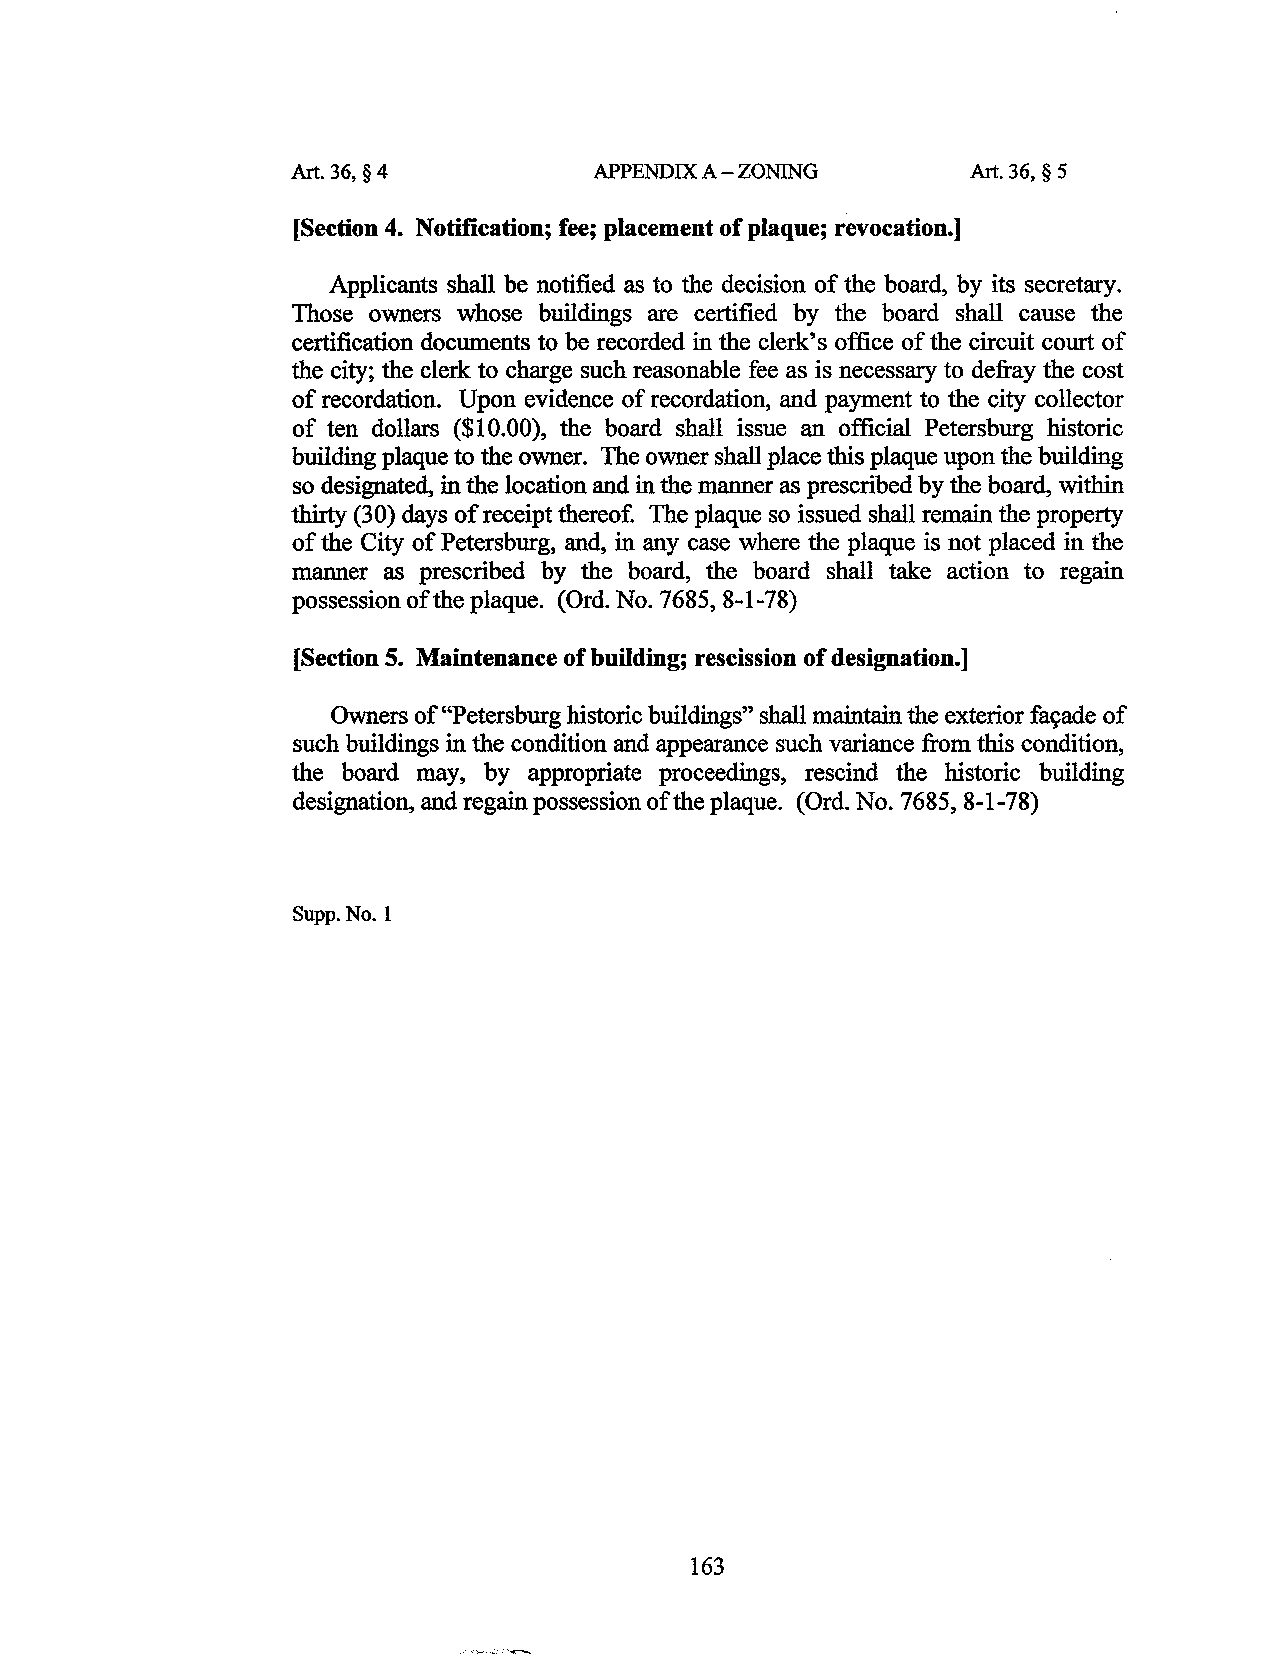
Art. 36, § 4        APPENDIX A-ZONING        Art. 36, § 5
 [Section 4. Notification; fee; placement of plaque; revocation.]
 Applicants shall be notified as to the decision of the board, by its secretary.
 Those owners whose buildings are certified by the board shall cause the
 certification documents to be recorded in the clerk's office of the circuit court of
 the city; the clerk to charge such reasonable fee as is necessary to defray the cost
 of recordation. Upon evidence of recordation, and payment to the city collector
 of ten dollars ($10.00), the board shall issue an official Petersburg historic
 building plaque to the owner. The owner shall place this plaque upon the building
 so designated, in the location and in the manner as prescribed by the board, within
 thirty (30) days of receipt thereof. The plaque so issued shall remain the property
 of the City of Petersburg, and, in any case where the plaque is not placed in the
 manner as prescribed by the board, the board shall take action to regain
 possession of the plaque. (Ord. No. 7685, 8-1-78)
 [Section 5. Maintenance of building; rescission of designation.]
 Owners of "Petersburg historic buildings" shall maintain the exterior fa~ade of
 such buildings in the condition and appearance such variance from this condition,
 the board may, by appropriate proceedings, rescind the historic building
 designation, and regain possession of the plaque. (Ord. No. 7685, 8-1-78)
 Supp.No.l
 163